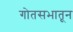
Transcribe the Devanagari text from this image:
गोतसभातून